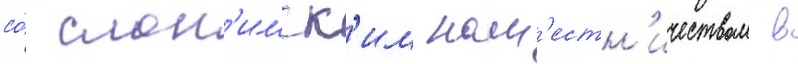
со́ слон'имск'им нам'естн'ичеством в